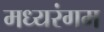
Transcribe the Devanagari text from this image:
मध्यरंगम